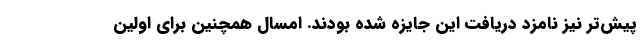
پیش‌تر نیز نامزد دریافت این جایزه شده بودند. امسال همچنین برای اولین